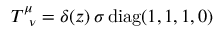
T _ { \; \; \nu } ^ { \mu } = \delta ( z ) \, \sigma \, { \mathrm { d i a g } } ( 1 , 1 , 1 , 0 )